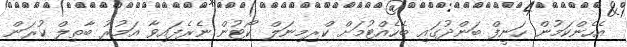
އެހެންކަމުން ހަނީފް ބަންދުގައި ބެހެއްޓުމަށް ކްރިމިނަލް ކޯޓުން ނެރެފައިވާ އަމުރު ބާތިލް ކުރަން